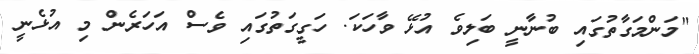
"މަންމަގާތުގައި ބުނާނީ ބަލިވެ އުޅޭ ވާހަކަ. ހަގީގަތުގައި ވެސް އަހަރެން މި އުޅެނީ